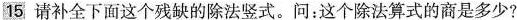
28